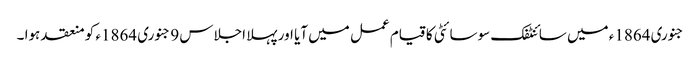
جنوری 1864ء میں سائنٹفک سوسائٹی کا قیام عمل میں آیا اور پہلا اجلاس 9 جنوری 1864ء کو منعقد ہوا ۔